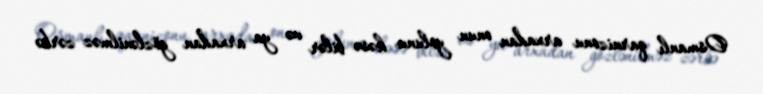
Osmanlı qarnizonu arxadan onun yolunu kəsə bilər və ya arxadan gözlənilməz zərbə